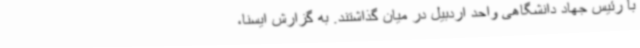
با رئیس جهاد دانشگاهی واحد اردبیل در میان گذاشتند. به گزارش ایسنا،